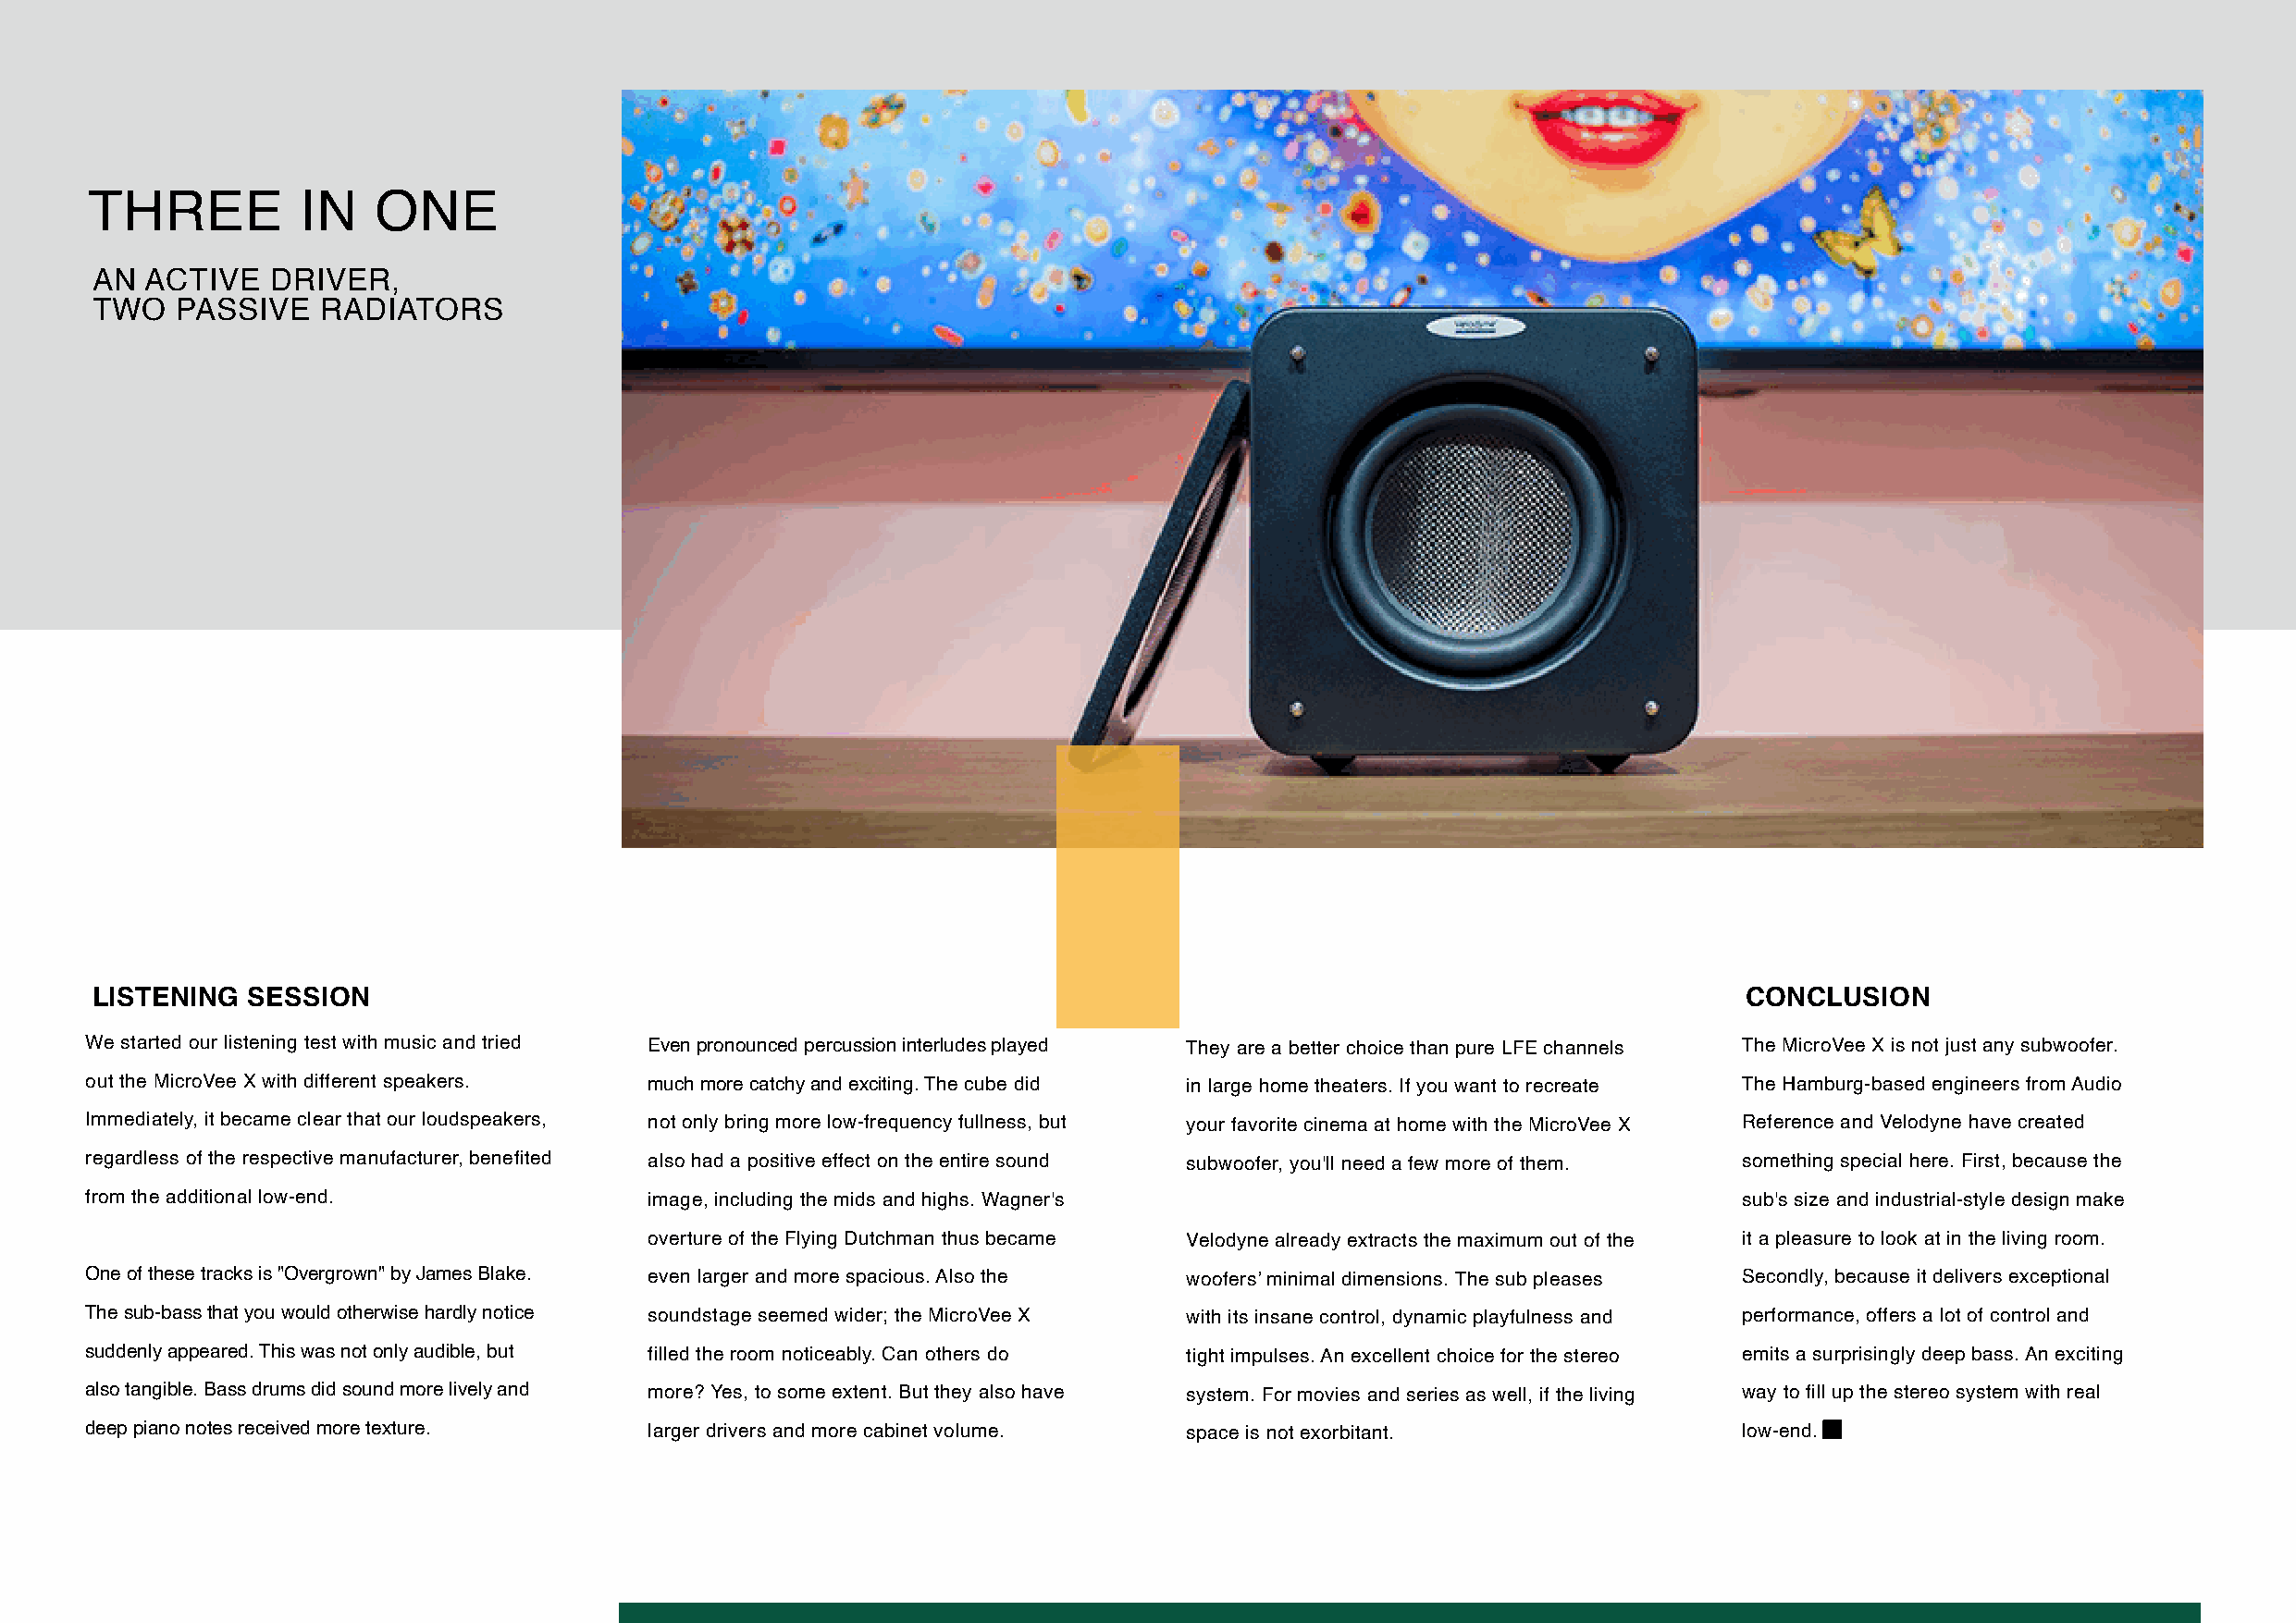
THREE          IN    ONE
 AN ACTIVE   DRIVER,
 TWO   PASSIVE   RADIATORS
 LISTENING  SESSION                                                                                                    CONCLUSION
 We started our listening test with music and tried Even pronounced percussion interludes played They are a better choice than pure LFE channels The MicroVee X is not just any subwoofer.
 out the MicroVee X with different speakers. much more catchy and exciting. The cube did in large home theaters. If you want to recreate The Hamburg-based engineers from Audio
 Immediately, it became clear that our loudspeakers, not only bring more low-frequency fullness, but your favorite cinema at home with the MicroVee X Reference and Velodyne have created
 regardless of the respective manufacturer, benefited also had a positive effect on the entire sound subwoofer, you'll need a few more of them. something special here. First, because the
 from the additional low-end.            image, including the mids and highs. Wagner's                                  sub's size and industrial-style design make
 overture of the Flying Dutchman thus became Velodyne already extracts the maximum out of the it a pleasure to look at in the living room.
 One of these tracks is "Overgrown" by James Blake. even larger and more spacious. Also the woofers’ minimal dimensions. The sub pleases Secondly, because it delivers exceptional
 The sub-bass that you would otherwise hardly notice soundstage seemed wider; the MicroVee X with its insane control, dynamic playfulness and performance, offers a lot of control and
 suddenly appeared. This was not only audible, but filled the room noticeably. Can others do tight impulses. An excellent choice for the stereo emits a surprisingly deep bass. An exciting
 also tangible. Bass drums did sound more lively and more? Yes, to some extent. But they also have system. For movies and series as well, if the living way to fill up the stereo system with real
 deep piano notes received more texture. larger drivers and more cabinet volume. space is not exorbitant.               low-end.